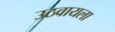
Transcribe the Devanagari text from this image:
उठवायला